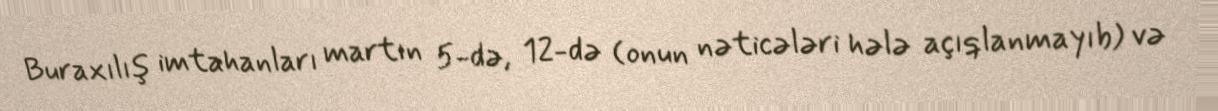
Buraxılış imtahanları martın 5-də, 12-də (onun nəticələri hələ açıqlanmayıb) və